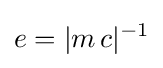
e=|m\,c|^{-1}